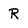
Character: R